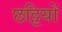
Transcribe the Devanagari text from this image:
छट्टियों